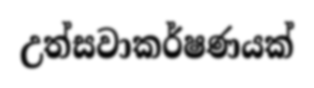
උත්සවාකර්ෂණයක්